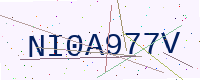
Text: NI0A977V